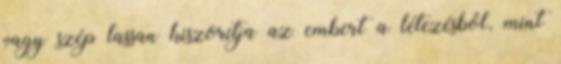
vagy szép lassan kiszorítja az embert a létezésből, mint